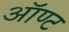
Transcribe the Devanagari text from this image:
ऑण्ट